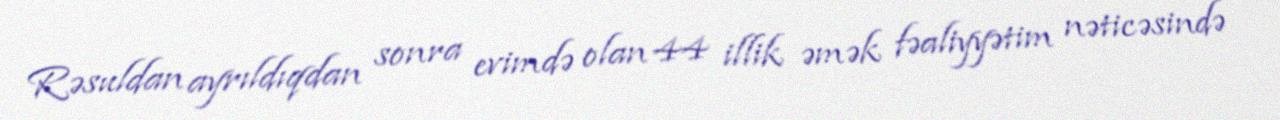
Rəsuldan ayrıldıqdan sonra evimdə olan 44 illik əmək fəaliyyətim nəticəsində